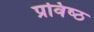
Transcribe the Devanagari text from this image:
प्रविष्‍ठ